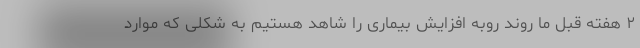
۲ هفته قبل ما روند روبه افزایش بیماری را شاهد هستیم به شکلی که موارد